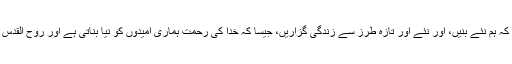
لیکن ہر نکلنے والا سورج ہمیں یہ موقع فراہم کرتا ہے کہ ہم نئے بنیں، اور نئے اور تازہ طرز سے زندگی گزاریں، جیسا کہ خُدا کی رحمت ہماری امیدوں کو نیا بناتی ہے اور روح القدس یسوع ہمارے خُدامیں ہمارے بھروسے کو نیا بناتا ہے۔